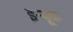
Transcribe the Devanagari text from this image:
इन्यूक